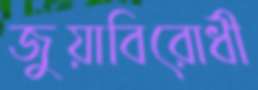
জুয়াবিরোধী